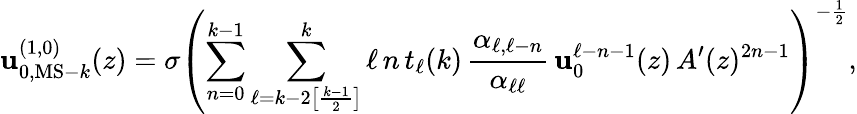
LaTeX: \mathbf{u}_{0,{\mathrm{{MS-}}}k}^{(1,0)}(z)=\sigma\left(\sum_{n=0}^{k-1}\sum_{\ell=k-2\left[\frac{{k-1}}{{2}}\right]}^{k}\ell\, n\, t_{\ell}(k)\, \frac{{\alpha_{\ell,\ell-n}}}{{\alpha_{\ell\ell}}}\, \mathbf{u}_{0}^{\ell-n-1}(z)\, A^{\prime}(z)^{2n-1}\right)^{-\frac{{1}}{{2}}},